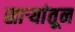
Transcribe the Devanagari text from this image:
सार्‍यांतून